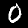
Digit: 0